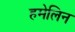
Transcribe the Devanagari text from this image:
हमेलिन